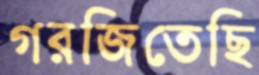
গরজিতেছি